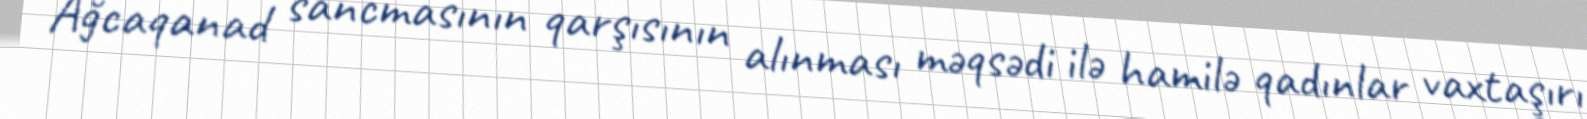
Ağcaqanad sancmasının qarşısının alınması məqsədi ilə hamilə qadınlar vaxtaşırı